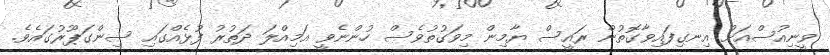
ވީނިއުސްއަށް އިނގިފައިވާގޮތުން ރައީސް ޔާމިން މިވަގުތުވެސް ހުންނެވީ އަމިއްލަ ދަތުރު ފުޅެއްގައި ސިންގަޕޫރުގައެވެ.